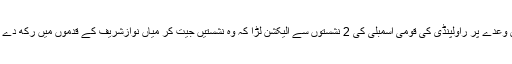
پرویزمشرف کے دَور میں ہونے والے انتخابات میں اُس نے اِس وعدے پر راولپنڈی کی قومی اسمبلی کی 2 نشستوں سے الیکشن لڑا کہ وہ نشستیں جیت کر میاں نوازشریف کے قدموں میں رکھ دے گا لیکن الیکشن جیت کر وہ پرویزمشرف کے قدموں میں آن گرا۔